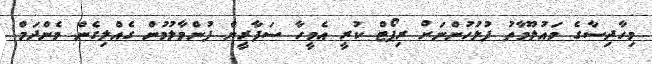
މިހާދިސާގެ މައުލޫމާތު ފުލުހުންނަށް ރިޕޯޓް ކުރީ އެމީހާ ސަފާރީން ފުންމާލުމުން ގެއްލިގެން މެންދަމް